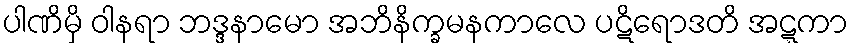
ပါဏိမှိ ဝါနရာ ဘဒ္ဒနာမော အဘိနိက္ခမနကာလေ ပဋိရောဒတိ အဋ္ဋကာ